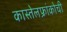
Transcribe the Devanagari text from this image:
कास्तेलफ्रांकोची